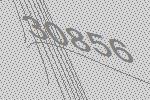
30856